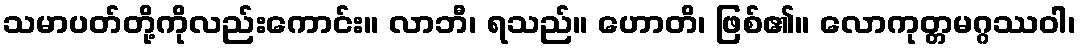
သမာပတ်တို့ကိုလည်းကောင်း။ လာဘီ၊ ရသည်။ ဟောတိ၊ ဖြစ်၏။ လောကုတ္တမဂ္ဂဿဝါ၊